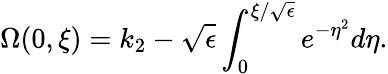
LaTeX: \Omega(0,\xi)=k_{2}-\sqrt{\epsilon}\int_{0}^{\xi/\sqrt{\epsilon}}e^{-\eta^{2}}d\eta.